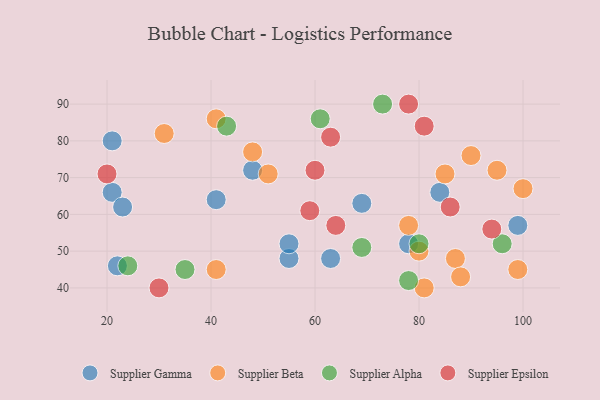
{"axis": {"x": "GDP", "y": "Life Expectancy"}, "legend": ["Supplier Alpha", "Supplier Beta", "Supplier Epsilon", "Supplier Gamma"], "data": [{"x": "41", "y": 64, "type": "Supplier Gamma"}, {"x": "21", "y": 66, "type": "Supplier Gamma"}, {"x": "63", "y": 48, "type": "Supplier Gamma"}, {"x": "55", "y": 48, "type": "Supplier Gamma"}, {"x": "22", "y": 46, "type": "Supplier Gamma"}, {"x": "55", "y": 52, "type": "Supplier Gamma"}, {"x": "99", "y": 57, "type": "Supplier Gamma"}, {"x": "48", "y": 72, "type": "Supplier Gamma"}, {"x": "78", "y": 52, "type": "Supplier Gamma"}, {"x": "23", "y": 62, "type": "Supplier Gamma"}, {"x": "84", "y": 66, "type": "Supplier Gamma"}, {"x": "21", "y": 80, "type": "Supplier Gamma"}, {"x": "69", "y": 63, "type": "Supplier Gamma"}, {"x": "41", "y": 86, "type": "Supplier Beta"}, {"x": "31", "y": 82, "type": "Supplier Beta"}, {"x": "48", "y": 77, "type": "Supplier Beta"}, {"x": "41", "y": 45, "type": "Supplier Beta"}, {"x": "99", "y": 45, "type": "Supplier Beta"}, {"x": "95", "y": 72, "type": "Supplier Beta"}, {"x": "87", "y": 48, "type": "Supplier Beta"}, {"x": "78", "y": 57, "type": "Supplier Beta"}, {"x": "81", "y": 40, "type": "Supplier Beta"}, {"x": "51", "y": 71, "type": "Supplier Beta"}, {"x": "85", "y": 71, "type": "Supplier Beta"}, {"x": "88", "y": 43, "type": "Supplier Beta"}, {"x": "100", "y": 67, "type": "Supplier Beta"}, {"x": "80", "y": 50, "type": "Supplier Beta"}, {"x": "90", "y": 76, "type": "Supplier Beta"}, {"x": "43", "y": 84, "type": "Supplier Alpha"}, {"x": "96", "y": 52, "type": "Supplier Alpha"}, {"x": "78", "y": 42, "type": "Supplier Alpha"}, {"x": "73", "y": 90, "type": "Supplier Alpha"}, {"x": "69", "y": 51, "type": "Supplier Alpha"}, {"x": "35", "y": 45, "type": "Supplier Alpha"}, {"x": "24", "y": 46, "type": "Supplier Alpha"}, {"x": "80", "y": 52, "type": "Supplier Alpha"}, {"x": "61", "y": 86, "type": "Supplier Alpha"}, {"x": "81", "y": 84, "type": "Supplier Epsilon"}, {"x": "86", "y": 62, "type": "Supplier Epsilon"}, {"x": "59", "y": 61, "type": "Supplier Epsilon"}, {"x": "63", "y": 81, "type": "Supplier Epsilon"}, {"x": "94", "y": 56, "type": "Supplier Epsilon"}, {"x": "20", "y": 71, "type": "Supplier Epsilon"}, {"x": "64", "y": 57, "type": "Supplier Epsilon"}, {"x": "60", "y": 72, "type": "Supplier Epsilon"}, {"x": "78", "y": 90, "type": "Supplier Epsilon"}, {"x": "30", "y": 40, "type": "Supplier Epsilon"}]}